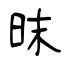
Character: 昩